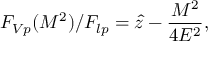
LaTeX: F _ { V p } ( M ^ { 2 } ) / F _ { l p } = \hat { z } - \frac { M ^ { 2 } } { 4 E ^ { 2 } } ,